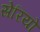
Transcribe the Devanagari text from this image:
सेरियो